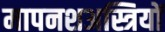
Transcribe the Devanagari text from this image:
मापनशअस्त्रियों